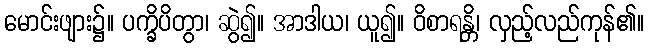
မောင်းဖျား၌။ ပက္ခိပိတွာ၊ ဆွဲ၍။ အာဒါယ၊ ယူ၍။ ဝိစာရန္တိ၊ လှည့်လည်ကုန်၏။